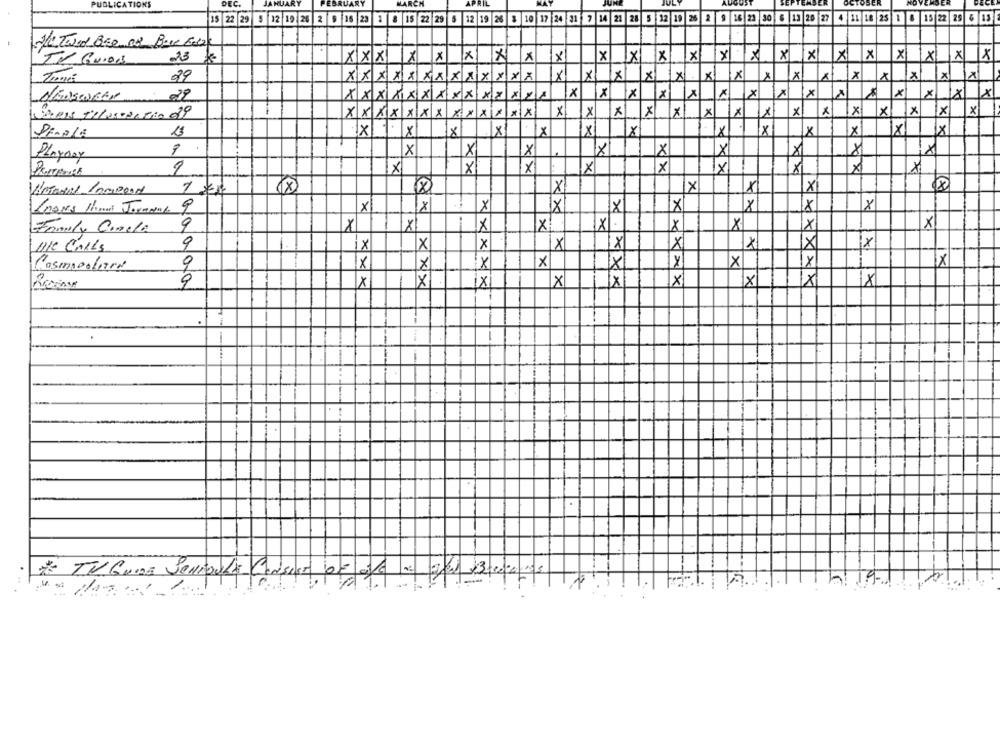
PUBLICATIONS
DEC.
JANUARY
FEBRUARY
MARCH
APRIL
15 22 29 5 12 19 26 2 9 16 23 2 8 15 22 29 5 12 19 26 8 10 17 24 31 7 14 21 28 5 12 19 26 2 9 16 23 30 6 13 20 27 4 11 18 25 1 8 15 22 29 6 13
TV GUIDE
23
XXX
X
X
X
1×
x
1x
X
XX
x
X
XX
X
×
X
X
99
X
x
X .
xl
1X1
1X
1×1
XXXXXXXXXX
x
x
MENSWOBEI
29
XXX
1
XXXX XX 22A
X
1X
K
K
x
K
1X
×
x
×
X
xix
X
K
xx
x
X
X
x
X
x
1x
X X
X
×
-
13
X
X
×
8
XX
×
1x
×
×
X
x
xxx
X
X
×
Playaay
X
X
X
×
X
X
×
X
×
X
LAMES Piment Jermaine 9
X
X
X
X
18
X
X
x!
X
Family Concla
9
X
X
IX
Mike CALLS
9
1x
X
X
X
X
ix
0
×
Y
1X
Cosmooutin
X
9
× XXX
X
1X
x
x.xxx
X
X
IX
XX×××
XXXXXX
* TV GUIDE SCHEDULE Consist of off
...